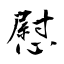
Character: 慰